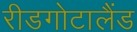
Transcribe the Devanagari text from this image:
रीडगोटालैंड